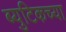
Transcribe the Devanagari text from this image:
ब्युटिकच्या